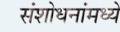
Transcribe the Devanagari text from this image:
संशोधनांमध्ये